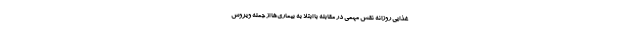
غذایی روزانه نقش مهمی در مقابله با ابتلا به بیماری‌ها از جمله ویروس